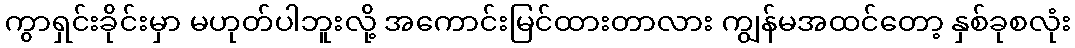
ကွာရှင်းခိုင်းမှာ မဟုတ်ပါဘူးလို့ အကောင်းမြင်ထားတာလား ကျွန်မအထင်တော့ နှစ်ခုစလုံး